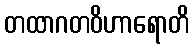
တထာဂတဝိဟာရောတိ